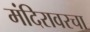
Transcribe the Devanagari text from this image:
मंदिरावरचा